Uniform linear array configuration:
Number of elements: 8
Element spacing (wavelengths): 0.5
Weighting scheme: exponential
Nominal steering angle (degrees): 0
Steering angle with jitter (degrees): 0.1496
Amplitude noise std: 0.05
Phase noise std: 0.05

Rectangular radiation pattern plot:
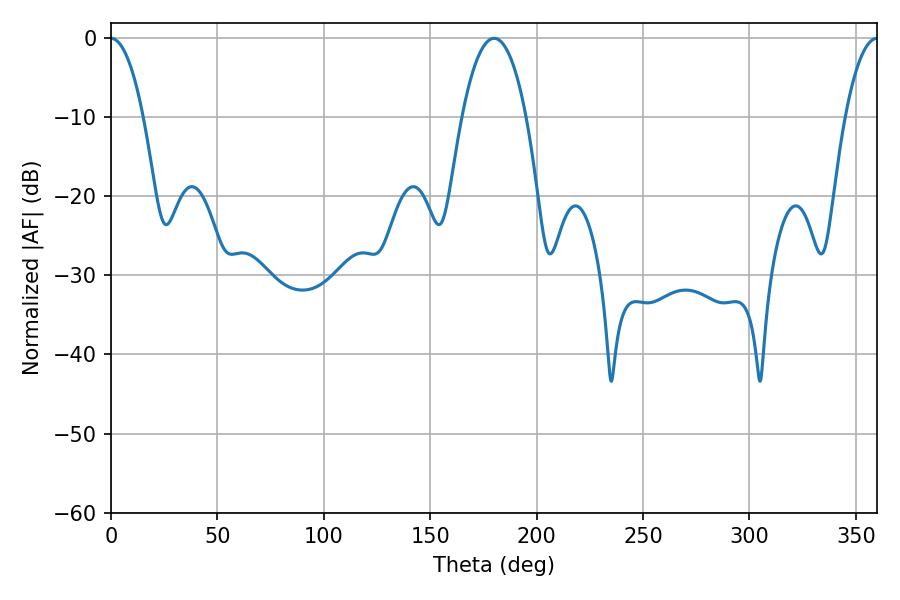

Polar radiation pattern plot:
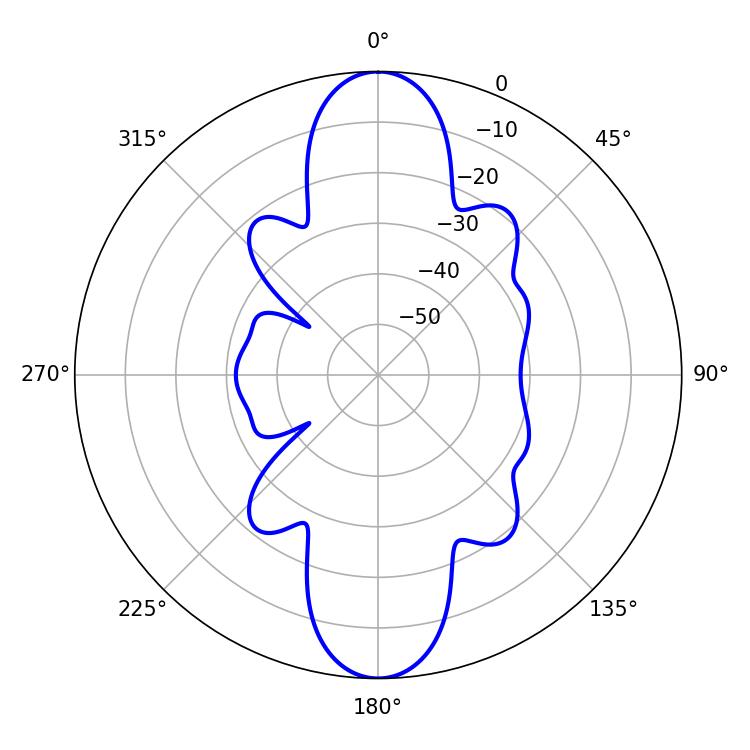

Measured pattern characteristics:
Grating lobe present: FALSE
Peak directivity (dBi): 27.135
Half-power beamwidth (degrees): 16.92
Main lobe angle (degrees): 180